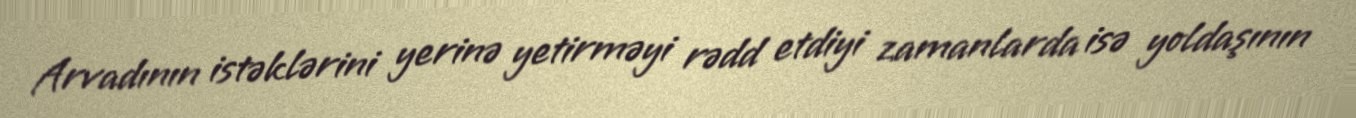
Arvadının istəklərini yerinə yetirməyi rədd etdiyi zamanlarda isə yoldaşının